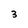
Character: 3